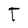
Character: T